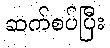
ဆက်စပ်ပြီး